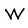
Character: W